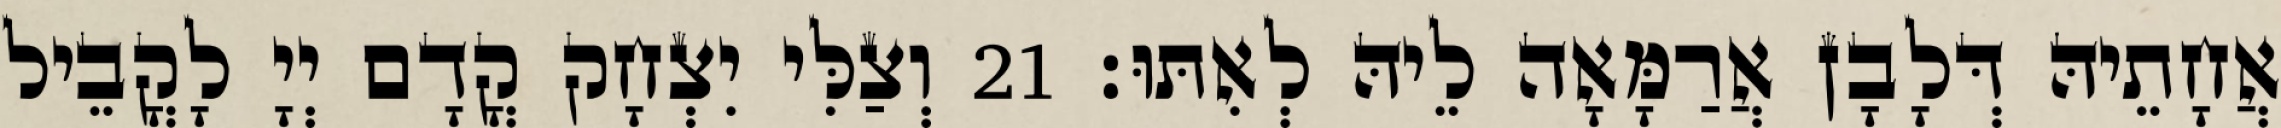
אֲחָתֵיהּ דְּלָבָן אֲרַמָּאָה לֵיהּ לְאִתּוּ׃ 21 וְצַלִּי יִצְחָק קֳדָם יְיָ לָקֳבֵיל